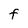
Character: F